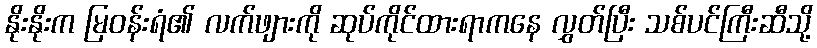
နိုးနိုးက မြဝန်းရံ၏ လက်ဖျားကို ဆုပ်ကိုင်ထားရာကနေ လွှတ်ပြီး သစ်ပင်ကြီးဆီသို့